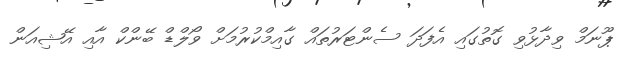
ޕޫނަމް ވިދާޅުވި ގޮތުގައި އެފަދަ ސެންޓަރުތައް ގާއިމްކުރުމަށް ވޯލްޑް ބޭންކް އާއި އޭޝިއަން